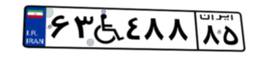
۹۴W۶۳۶۷۱